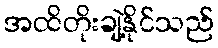
အထိတိုးချဲ့နိုင်သည်